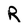
Character: R